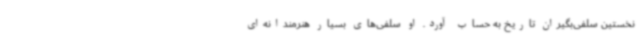
نخستین سلفی‌بگیران تاریخ به حساب آورد. او سلفی‌های بسیار هنرمندانه‌ای